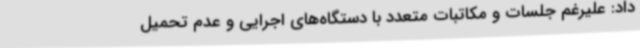
داد: علیرغم جلسات و مکاتبات متعدد با دستگاه‌های اجرایی و عدم تحمیل